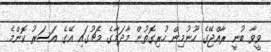
ވީވާ ބުނީ ރާއްޖޭގެ ހޫނުމިން ހުރިގޮތުން މާދަމާގެ މެޗުގައި އޭގެ އަސަރު ކޮންމެ